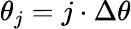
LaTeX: \theta_{j}=j\cdot\Delta\theta